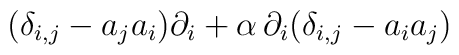
(\delta_{i,j} - a_ja_i)\partial_i+{\alpha}\, \partial_i(\delta_{i,j}-a_ia_j)